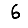
Digit: 6